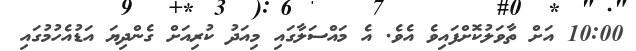
10:00 އަށް ތާވަލުކޮށްފައިވެ އެވެ. އެ މައްސަލާގައި މިއަދު ކުރިއަށް ގެންދިޔަ އަޑުއެހުމުގައި